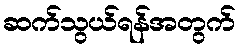
ဆက်သွယ်ရန်အတွက်